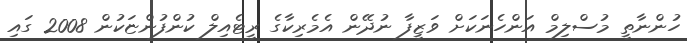
ހުންނާތީ މުސްލިމް އަންހެނަކަށް ވަޒީފާ ނުދޭން އެމެރިކާގެ ރީޓެއިލް ކުންފުންޏަކުން 2008 ގައި